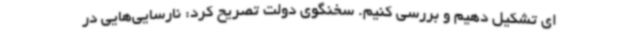
ای تشکیل دهیم و بررسی کنیم. سخنگوی دولت تصریح کرد: نارسایی‌هایی در